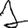
Digit: 1